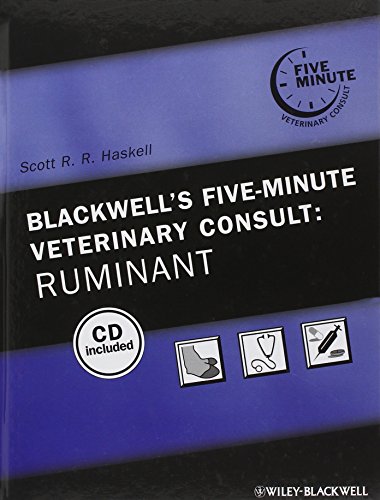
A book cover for Blackwell's Five-Minute Veterinary Consult: Ruminant; Medical Books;